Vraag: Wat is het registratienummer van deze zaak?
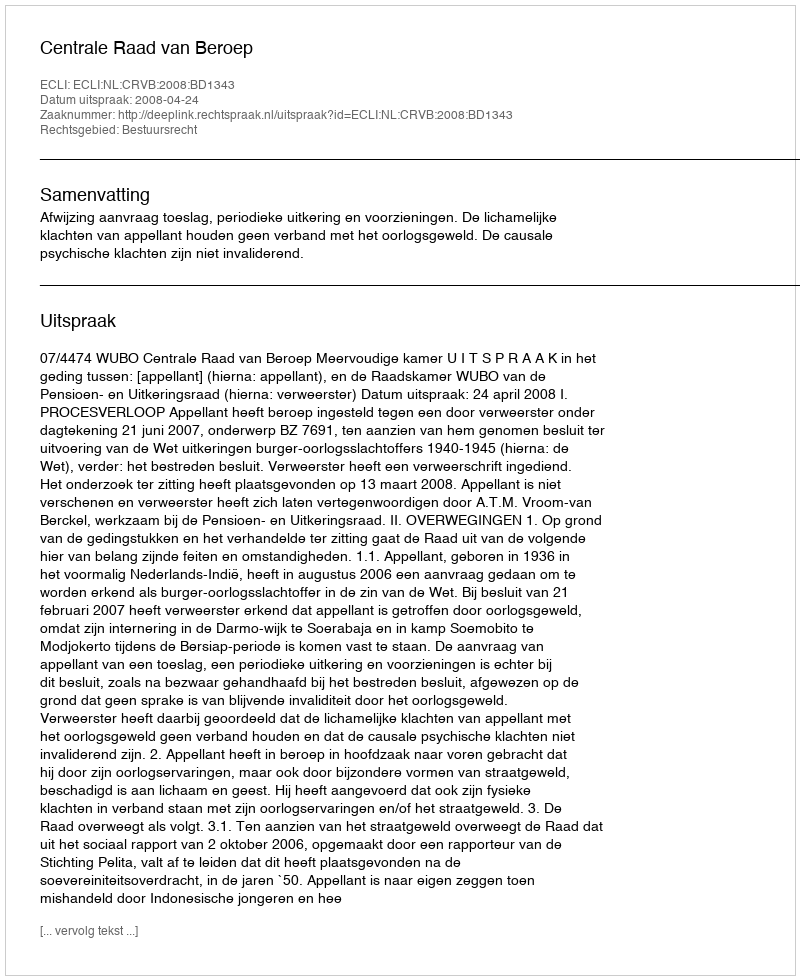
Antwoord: http://deeplink.rechtspraak.nl/uitspraak?id=ECLI:NL:CRVB:2008:BD1343